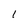
Character: 1